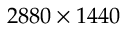
2 8 8 0 \times 1 4 4 0